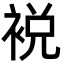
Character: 裞